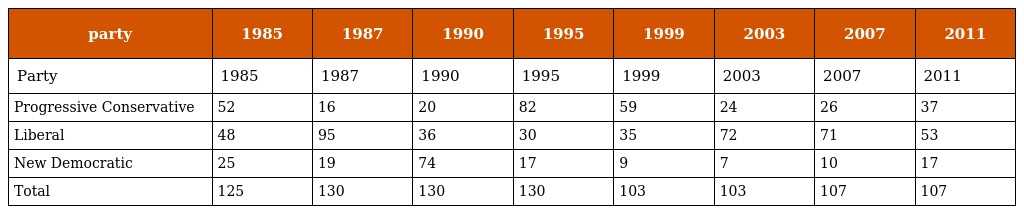
| party | 1985 | 1987 | 1990 | 1995 | 1999 | 2003 | 2007 | 2011 |
 | --- | --- | --- | --- | --- | --- | --- | --- | --- |
 | Party | 1985 | 1987 | 1990 | 1995 | 1999 | 2003 | 2007 | 2011 |
 | Progressive Conservative | 52 | 16 | 20 | 82 | 59 | 24 | 26 | 37 |
 | Liberal | 48 | 95 | 36 | 30 | 35 | 72 | 71 | 53 |
 | New Democratic | 25 | 19 | 74 | 17 | 9 | 7 | 10 | 17 |
 | Total | 125 | 130 | 130 | 130 | 103 | 103 | 107 | 107 |